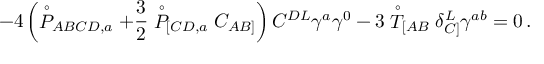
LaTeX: - 4 \left( \stackrel { \circ } { P } _ { A B C D , a } + \frac { 3 } { 2 } \stackrel { \circ } { P } _ { [ C D , a } C _ { A B ] } \right) C ^ { D L } \gamma ^ { a } \gamma ^ { 0 } - 3 \stackrel { \circ } { T } _ { [ A B } \delta _ { C ] } ^ { L } \gamma ^ { a b } = 0 \, .